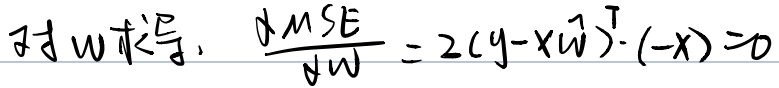
对\(w\)求导：\(\frac{\partial MSE}{\partial w}=2(y - X\hat{w})^{T}\cdot(-X)=0\)